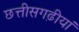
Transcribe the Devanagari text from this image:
छत्तीसगढ़ीयां